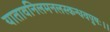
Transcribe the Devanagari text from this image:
यातावनिलमनलस्कन्धवपुषः।।